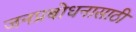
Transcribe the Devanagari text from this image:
जनप्रबोधनासाठी